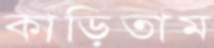
কাড়িতাম